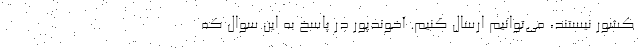
کشور نیستند، می‌توانیم ارسال کنیم. آخوندپور در پاسخ به این سوال که